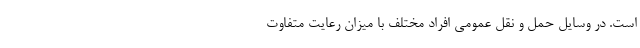
است. در وسایل حمل و نقل عمومی افراد مختلف با میزان رعایت‌ متفاوت